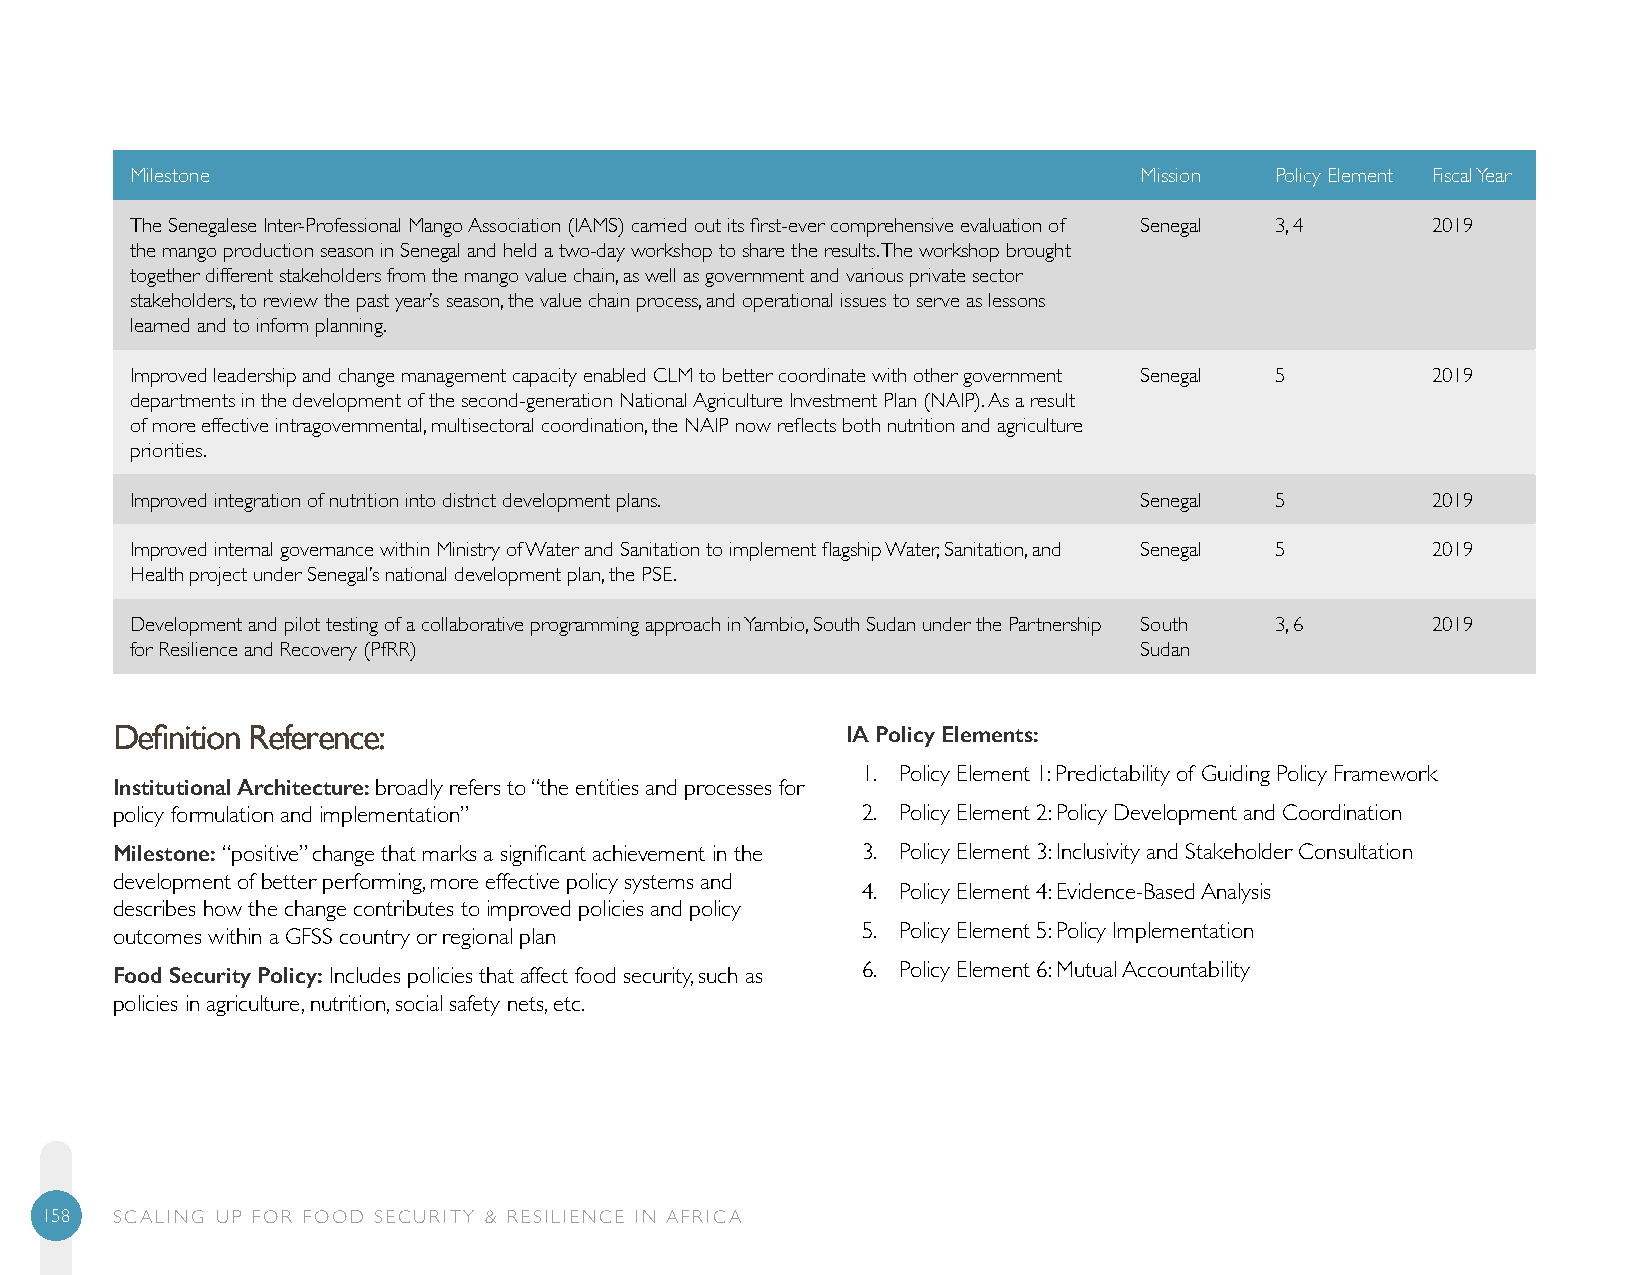
Milestone                                                         Mission  Policy Element Fiscal Year
 The Senegalese Inter-Professional Mango Association (IAMS) carried out its first-ever comprehensive evaluation of Senegal 3, 4 2019
 the mango production season in Senegal and held a two-day workshop to share the results. The workshop brought
 together different stakeholders from the mango value chain, as well as government and various private sector
 stakeholders, to review the past year’s season, the value chain process, and operational issues to serve as lessons
 learned and to inform planning.
 Improved leadership and change management capacity enabled CLM to better coordinate with other government Senegal 5 2019
 departments in the development of the second-generation National Agriculture Investment Plan (NAIP). As a result
 of more effective intragovernmental, multisectoral coordination, the NAIP now reflects both nutrition and agriculture
 priorities.
 Improved integration of nutrition into district development plans. Senegal 5          2019
 Improved internal governance within Ministry of Water and Sanitation to implement flagship Water, Sanitation, and Senegal 5 2019
 Health project under Senegal’s national development plan, the PSE.
 Development and pilot testing of a collaborative programming approach in Yambio, South Sudan under the Partnership South 3, 6 2019
 for Resilience and Recovery (PfRR)                                Sudan
 Definition Reference:                            IA Policy Elements:
 1. Policy Element 1: Predictability of Guiding Policy Framework
 Institutional Architecture: broadly refers to “the entities and processes for
 policy formulation and implementation”            2. Policy Element 2: Policy Development and Coordination
 Milestone: “positive” change that marks a significant achievement in the 3. Policy Element 3: Inclusivity and Stakeholder Consultation
 development of better performing, more effective policy systems and
 4. Policy Element 4: Evidence-Based Analysis
 describes how the change contributes to improved policies and policy
 outcomes within a GFSS country or regional plan   5. Policy Element 5: Policy Implementation
 Food Security Policy: Includes policies that affect food security, such as 6. Policy Element 6: Mutual Accountability
 policies in agriculture, nutrition, social safety nets, etc.
 158 SCALING UP FOR FOOD SECURITY & RESILIENCE IN AFRICA